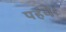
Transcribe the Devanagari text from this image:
पहंचे।